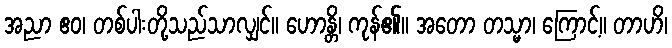
အညာ ဧဝ၊ တစ်ပါးတို့သည်သာလျှင်။ ဟောန္တိ၊ ကုန်၏။ အတော တသ္မာ၊ ကြောင့်။ တာဟိ၊